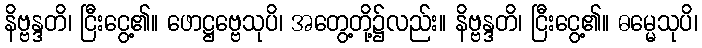
နိဗ္ဗန္ဒတိ၊ ငြီးငွေ့၏။ ဖောဋ္ဌဗ္ဗေသုပိ၊ အတွေ့တို့၌လည်း။ နိဗ္ဗန္ဒတိ၊ ငြီးငွေ့၏။ ဓမ္မေသုပိ၊